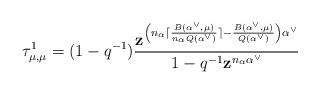
LaTeX: \begin{align*} \tau^1_{\mu, \mu} = (1 - q^{-1}) \frac{\mathbf{z}^{\left(n_\alpha \lceil \frac{B(\alpha^\vee, \mu)}{n_\alpha Q(\alpha^\vee)} \rceil - \frac{B(\alpha^\vee, \mu)}{Q(\alpha^\vee)}\right) \alpha^\vee}}{1-q^{-1} \mathbf{z}^{n_\alpha \alpha^\vee}} \end{align*}